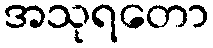
အသုရတော